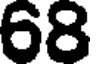
68